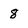
Character: 8